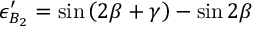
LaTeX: \epsilon _ { B _ { 2 } } ^ { \prime } = \sin \left( 2 \beta + \gamma \right) - \sin 2 \beta